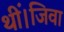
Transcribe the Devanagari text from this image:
थीं।जिवा